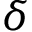
\delta